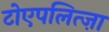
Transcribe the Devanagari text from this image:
टोएपलित्ज़ा